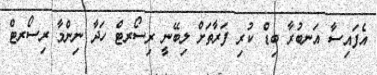
އެފައިސާ އަނބުރާ ބިޑް ކުރި ފަރާތަށް ލިބޭނީ ރިސޯރޓް ހަދާ ނިންމާ ރިސޯރޓް